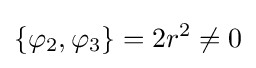
\{\varphi _{2},\varphi _{3}\}=2r^{2}\neq 0